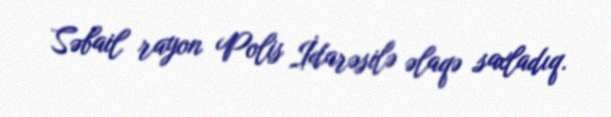
Səbail rayon Polis İdarəsilə əlaqə saxladıq.